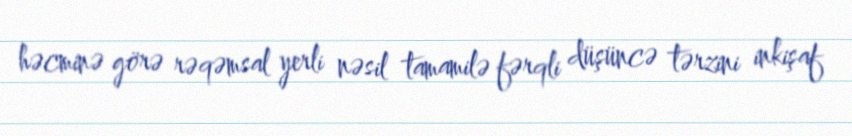
həcminə görə rəqəmsal yerli nəsil tamamilə fərqli düşüncə tərzini inkişaf